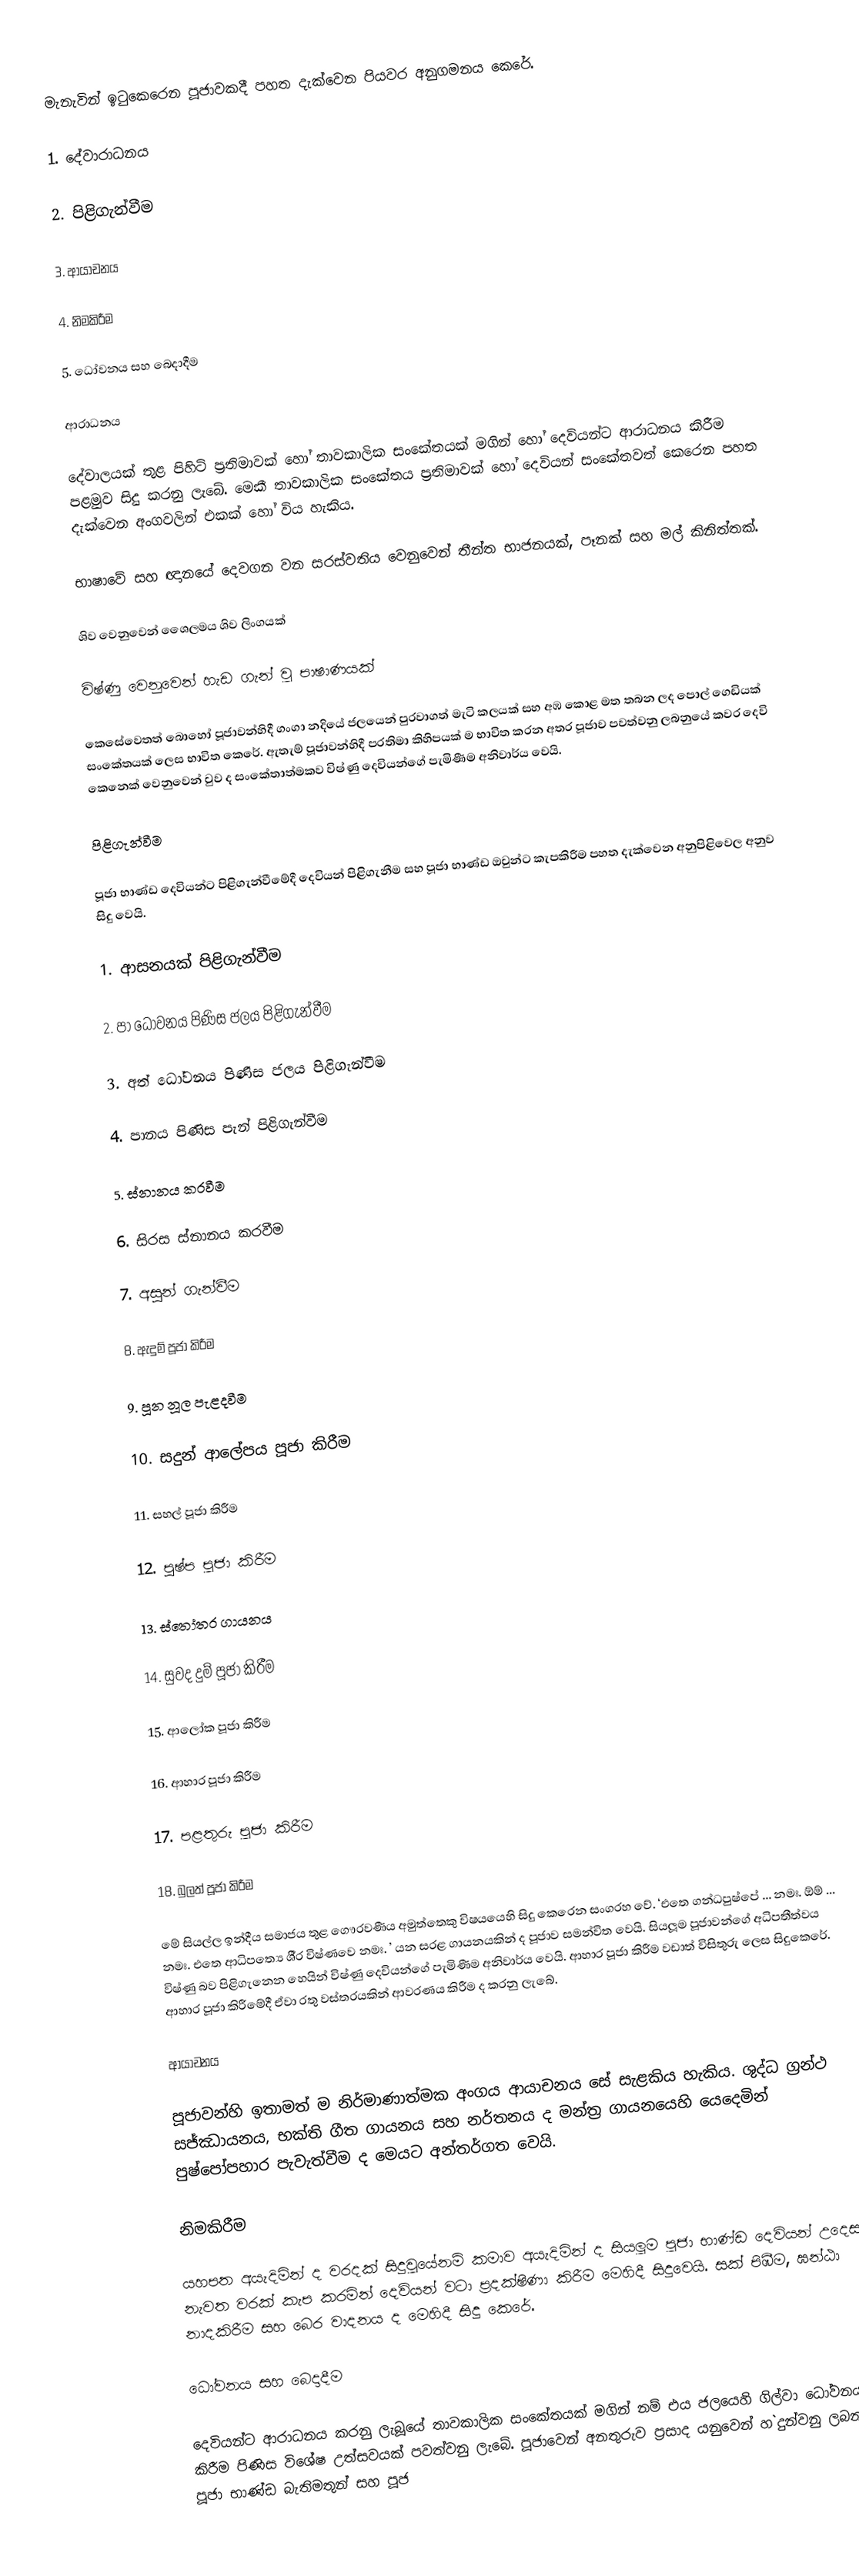

මැනැවින් ඉටුකෙරෙන පූජාවකදී පහත දැක්වෙන පියවර අනුගමනය කෙරේ.

1. දේවාරාධනය

2. පිළිගැන්වීම

3. ආයාචනය

4. නිමකිරීම

5. ධෝවනය සහ බෙදාදීම

ආරාධනය

දේවාලයක් තුළ පිහිටි  ප‍්‍රතිමාවක් හෝ තාවකාලික සංකේතයක් මගින් හෝ දෙවියන්ට ආරාධනය කිරීම පළමුව සිදු කරනු ලැබේ. මෙකී තාවකාලික සංකේතය ප‍්‍රතිමාවක් හෝ දෙවියන් සංකේතවත් කෙරෙන පහත දැක්වෙන අංගවලින් එකක් හෝ විය හැකිය.

	භාෂාවේ සහ ඥානයේ දෙවගන වන සරස්වතිය වෙනුවෙන් තීන්ත භාජනයක්, පෑනක් සහ මල් කිනිත්තක්.

	ශිව වෙනුවෙන් ශෛලමය ශිව ලිංගයක්

	විෂ්ණු වෙනුවෙන් හැඩ ගැන් වූ පාෂාණයක්

කෙසේවෙතත් බොහෝ පූජාවන්හිදී ගංගා නදියේ ජලයෙන් පුරවාගත් මැටි කලයක් සහ අඹ කොළ මත තබන ලද පොල් ගෙඩියක් සංකේතයක් ලෙස භාවිත කෙරේ. ඇතැම් පූජාවන්හිදී ප‍්‍රතිමා කිහිපයක් ම භාවිත කරන අතර පූජාව පවත්වනු ලබනුයේ කවර දෙවි කෙනෙක් වෙනුවෙන් වුව ද සංකේතාත්මකව විෂ්ණු දෙවියන්ගේ පැමිණීම අනිවාර්ය වෙයි.

පිළිගැන්වීම

පූජා භාණ්ඩ දෙවියන්ට පිළිගැන්වීමේදී දෙවියන් පිළිගැනීම සහ පූජා භාණ්ඩ ඔවුන්ට කැපකිරීම පහත දැක්වෙන අනුපිළිවෙල අනුව සිදු වෙයි.

1.  ආසනයක් පිළිගැන්වීම

2.  පා ධෝවනය පිණිස ජලය පිළිගැන්වීම

3.  අත් ධෝවනය පිණිස ජලය පිළිගැන්වීම

4.  පානය පිණිස පැන් පිළිගැන්වීම

5.  ස්නානය කරවීම

6.  සිරස ස්නානය කරවීම

7.  අසුන් ගැන්වීම

8.  ඇදුම් පූජා කිරීම

9.  පූන නූල පැළදවීම

10. සදුන් ආලේපය පූජා කිරීම

11. සහල් පූජා කිරීම

12. පුෂ්ප  පූජා කිරීම

13. ස්තෝත‍්‍ර ගායනය

14. සුවද දුම් පූජා කිරීම

15. ආලෝක පූජා කිරීම

16. ආහාර පූජා කිරීම

17. පළතුරු පූජා කිරීම

18. බුලත් පූජා කිරීම

මේ සියල්ල ඉන්දීය සමාජය තුළ ගෞරවණීය අමුත්තෙකු විෂයයෙහි සිදු කෙරෙන සංග‍්‍රහ වේ. ‘එතෙ ගන්ධපුෂ්පේ ... නමඃ.  ඕම් ... නමඃ. එතෙ ආධිපත්‍යෙ ශී‍්‍ර විෂ්ණවෙ නමඃ. ’ යන සරළ ගායනයකින් ද පූජාව සමන්විත වෙයි. සියලූම පූජාවන්ගේ අධිපතීත්වය විෂ්ණු බව පිළිගැනෙන හෙයින් විෂ්ණු දෙවියන්ගේ පැමිණීම අනිවාර්ය වෙයි. ආහාර පූජා කිරීම වඩාත් විසිතුරු ලෙස සිදුකෙරේ. ආහාර පූජා කිරීමේදී ඒවා රතු වස්ත‍්‍රයකින් ආවරණය කිරීම ද  කරනු ලැබේ.

ආයාචනය

පූජාවන්හි ඉතාමත් ම නිර්මාණාත්මක අංගය ආයාචනය සේ සැළකිය හැකිය. ශුද්ධ ග‍්‍රන්ථ සජ්ඣායනය, භක්ති ගීත ගායනය සහ නර්තනය ද මන්ත‍්‍ර ගායනයෙහි යෙදෙමින් පුෂ්පෝපහාර පැවැත්වීම ද මෙයට අන්තර්ගත වෙයි.

නිමකිරීම

යහපත අයැදිමින් ද වරදක් සිදුවූයේනම් කමාව අයැදිමින් ද සියලූම පූජා භාණ්ඩ දෙවියන් උදෙසා නැවත වරක් කැප කරමින් දෙවියන් වටා ප‍්‍රදක්ෂිණා කිරීම මෙහිදී සිදුවෙයි. සක් පිඹීම, ඝන්ඨා නාදකිරීම සහ බෙර වාදනය ද මෙහිදී සිදු කෙරේ.

ධෝවනය සහ බෙදාදීම

දෙවියන්ට ආරාධනය කරනු ලැබූයේ තාවකාලික සංකේතයක් මගින් නම් එය ජලයෙහි ගිල්වා ධෝවනය කිරීම පිණිස විශේෂ උත්සවයක් පවත්වනු ලැබේ. පූජාවෙන් අනතුරුව ප‍්‍රසාද යනුවෙන් හ`දුන්වනු ලබන පූජා භාණ්ඩ බැතිමතුන් සහ පූජ